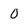
Character: 0